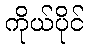
ကိုယ်ပိုင်